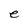
Character: e